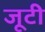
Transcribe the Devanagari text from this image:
जूटी